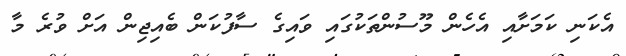
އެކަނި ކަމަށާއި އެހެން މޫސުންތަކުގައި ވައިގެ ސާފުކަން ބެއިޖިން އަށް ވުރެ މާ